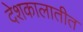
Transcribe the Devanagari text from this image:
देशकालातीत